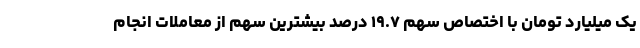
یک میلیارد تومان با اختصاص سهم ۱۹.۷ درصد بیشترین سهم از معاملات انجام